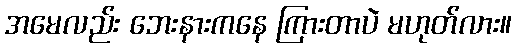
အမေလည်း ဘေးနားကနေ ကြားတာပဲ မဟုတ်လား။